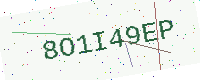
Text: 8O1I49EP